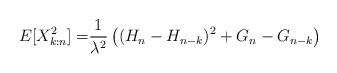
LaTeX: \begin{align*}E [X_{k:n}^2] =& \frac{1}{\lambda^2}\left((H_n - H_{n-k})^2 + G_{n} - G_{n-k} \right) \end{align*}